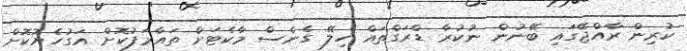
ކުރިން ރާއްޖޭގައި ބޭނުން ނުކުރާ ޑްރަގްތައް ހިލޭ ގެނެސް މާކެޓަށް ތައާރަފުކޮށް އަގުހެޔޮކޮށް